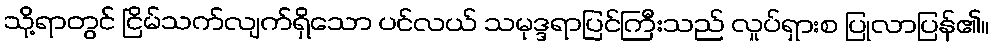
သို့ရာတွင် ငြိမ်သက်လျက်ရှိသော ပင်လယ် သမုဒ္ဒရာပြင်ကြီးသည် လှုပ်ရှားစ ပြုလာပြန်၏။